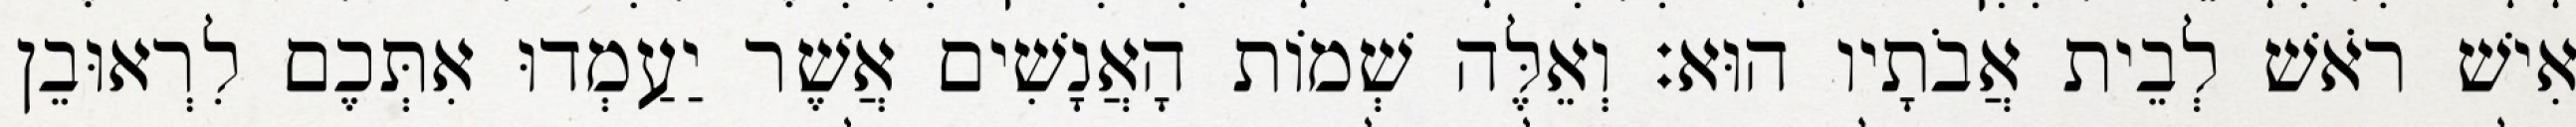
אִישׁ רֹאשׁ לְבֵית אֲבֹתָיו הוּא׃ וְאֵלֶּה שְׁמוֹת הָאֲנָשִׁים אֲשֶׁר יַעַמְדוּ אִתְּכֶם לִרְאוּבֵן